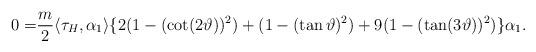
LaTeX: \begin{align*}0=&\frac{m}{2}\langle \tau_{H}, \alpha_{1} \rangle\{2(1-(\cot (2\vartheta) )^{2}) + (1-(\tan \vartheta )^{2}) +9(1-(\tan (3\vartheta) )^{2}) \}\alpha_{1}.\end{align*}